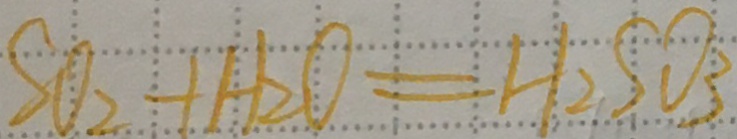
S O _ { 2 } + H _ { 2 } O = H _ { 2 } S O _ { 3 }